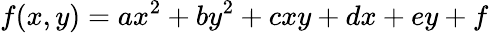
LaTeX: f(x,y)=ax^{2}+by^{2}+cxy+dx+ey+f\,